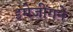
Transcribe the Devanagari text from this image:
इमेजींगने